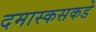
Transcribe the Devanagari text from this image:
दमास्कसकडे